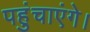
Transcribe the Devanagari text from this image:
पहुंचाएंगे।